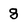
Character: 8